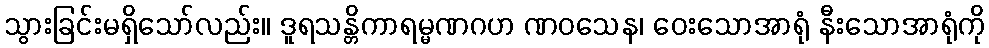
သွားခြင်းမရှိသော်လည်း။ ဒူရသန္တိကာရမ္မဏဂဟ ဏဝသေန၊ ဝေးသောအာရုံ နီးသောအာရုံကို